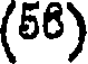
(58)